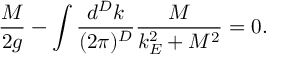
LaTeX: \frac { M } { 2 g } - \int \frac { d ^ { D } k } { ( 2 \pi ) ^ { D } } \frac { M } { k _ { E } ^ { 2 } + M ^ { 2 } } = 0 .